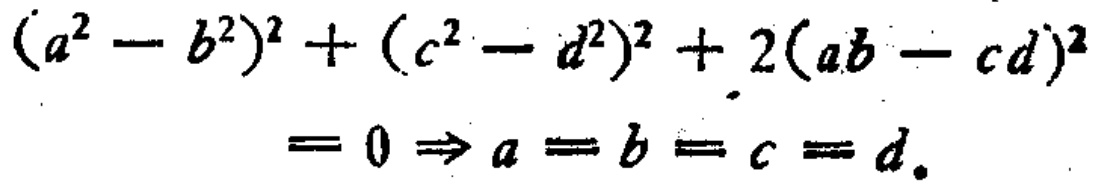
\((a^{2}-b^{2})^{2}+(c^{2}-d^{2})^{2}+2(ab - cd)^{2}=0\Rightarrow a = b = c = d\)